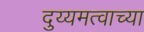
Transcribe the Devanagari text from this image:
दुय्यमत्वाच्या